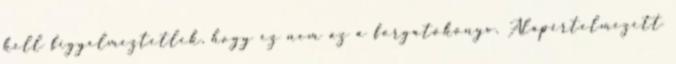
kell figyelmeztetlek, hogy ez nem az a forgatókönyv. Alapértelmezett